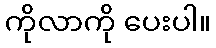
ကိုလာကို ပေးပါ။